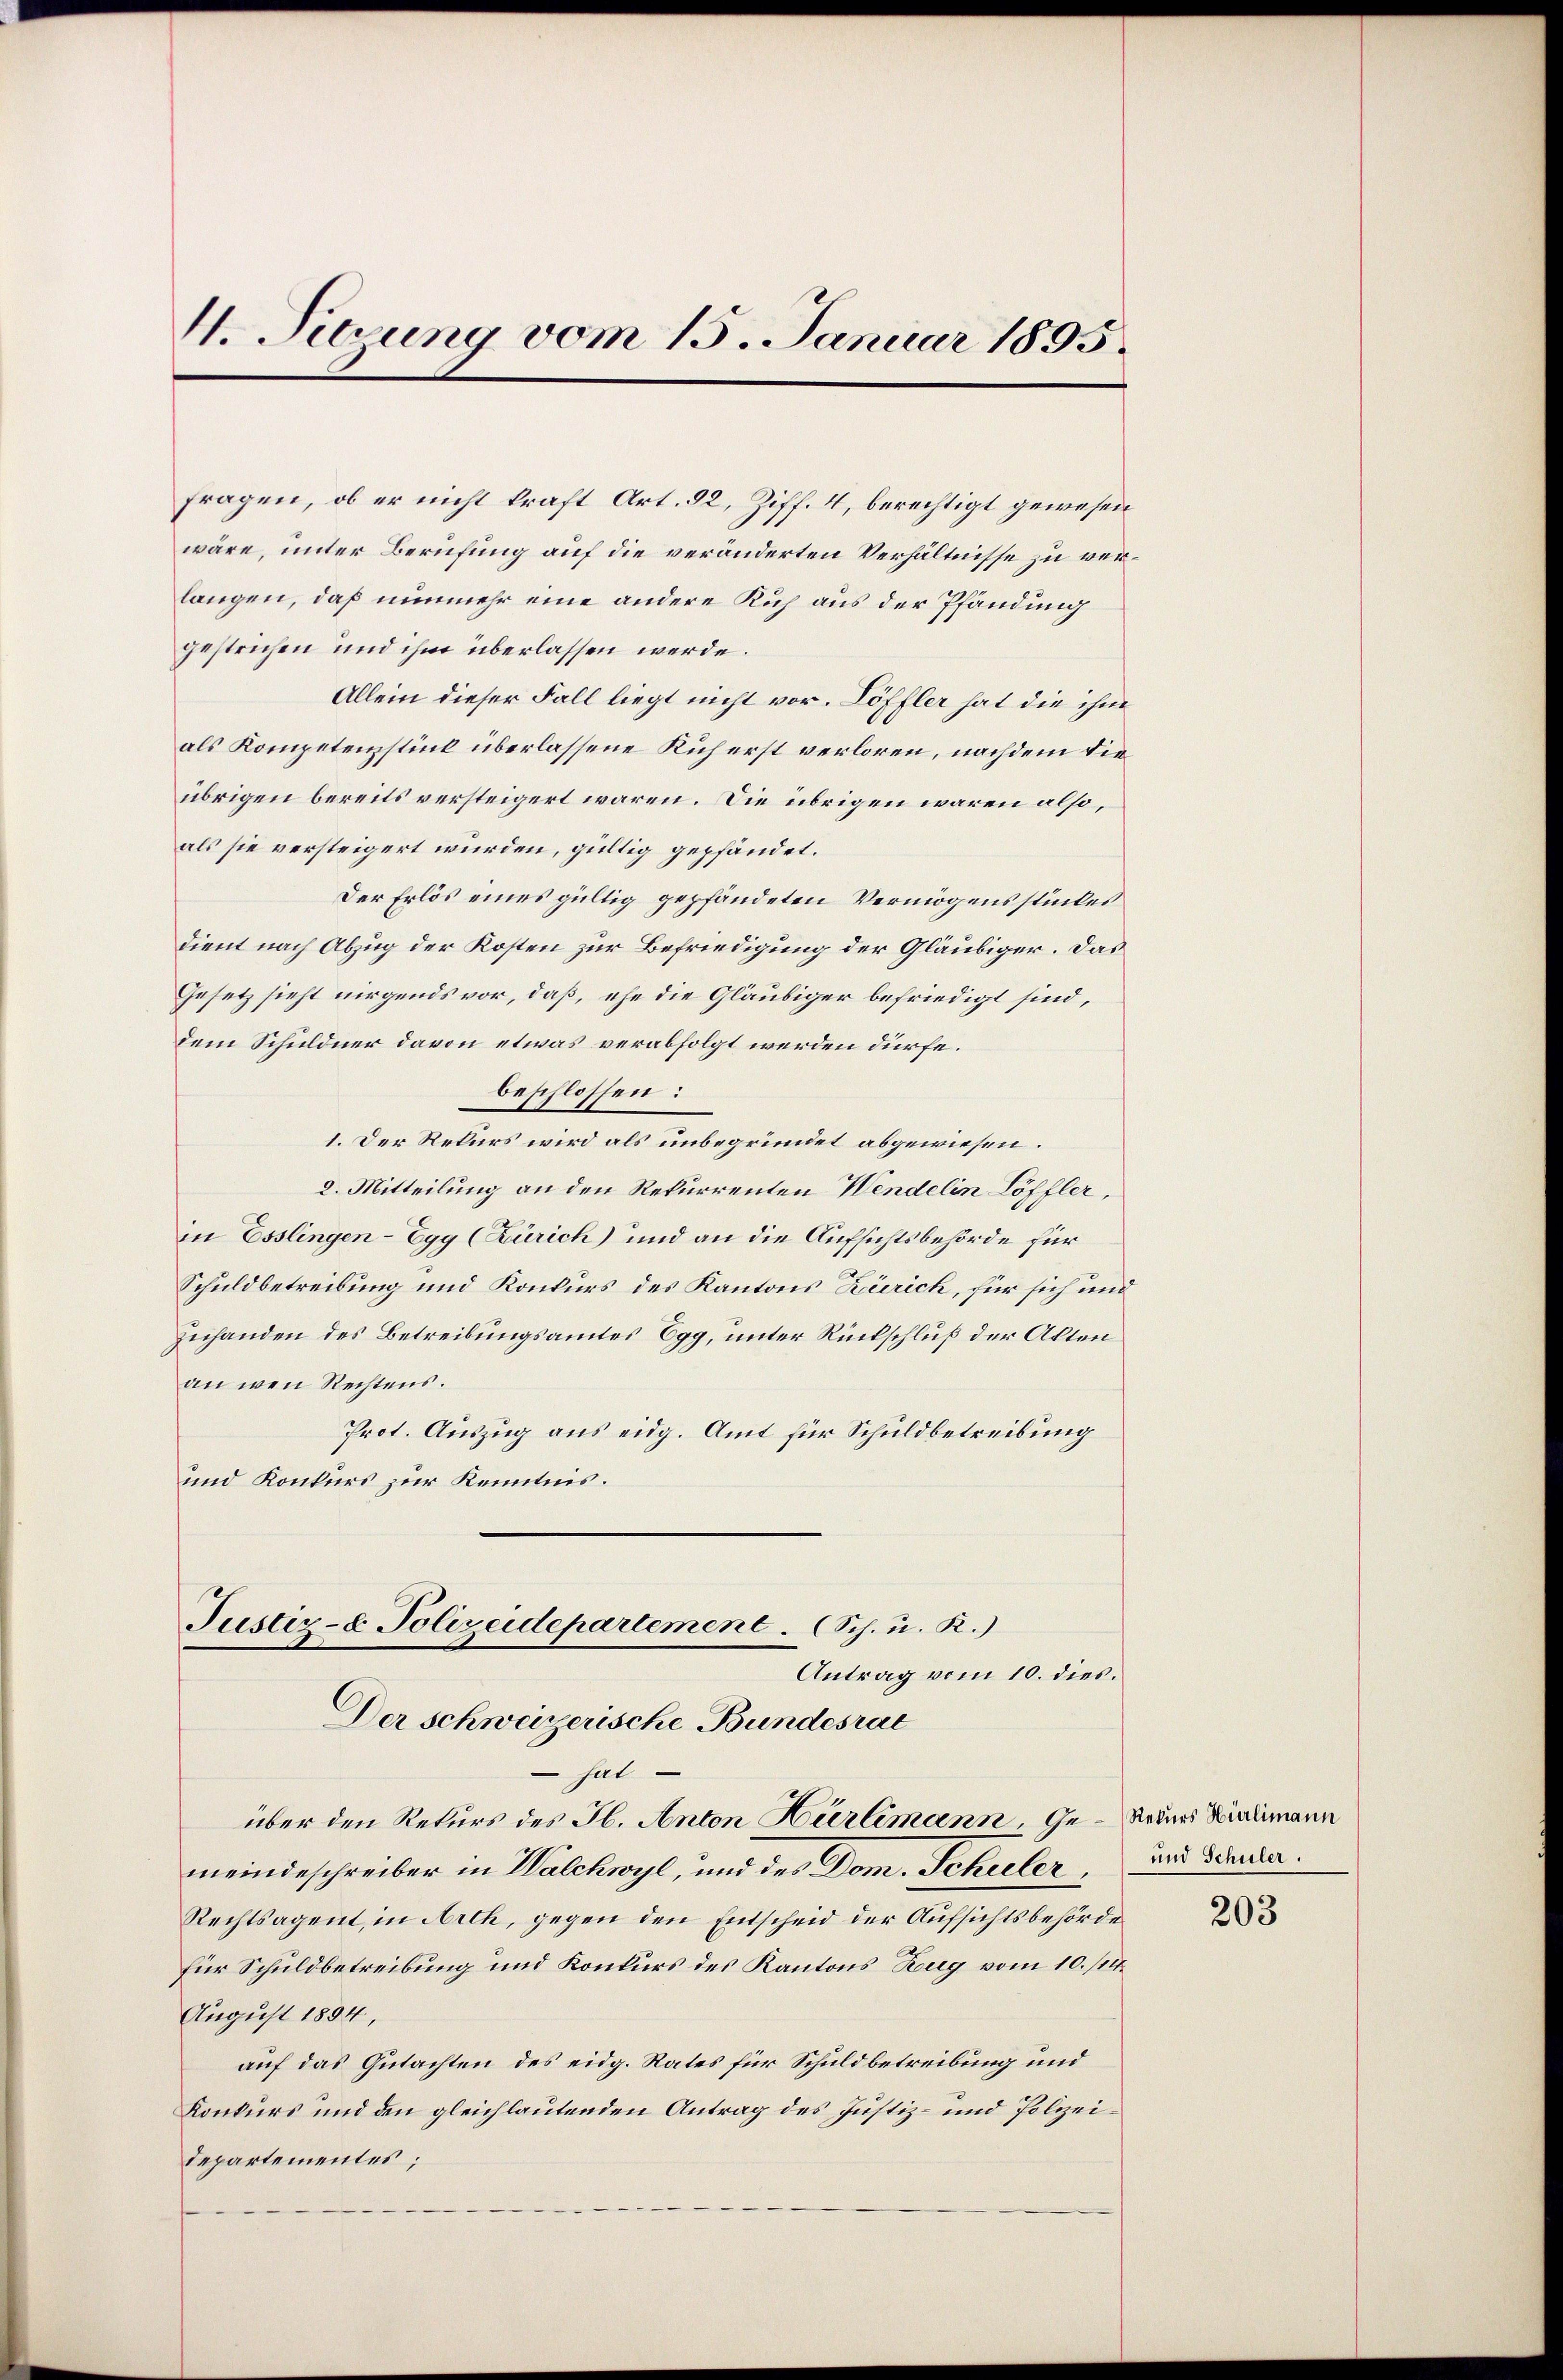
4. Sitzung vom 15. Januar 1895.

fragen, ob er nicht kraft Art. 92, Ziff. 4, berechtigt gewesen
wäre, unter Berufung auf die veränderten Verhältnisse zu verlangen, daß nunmehr eine andere Kuh aus der Pfändung
gestrichen und ihm überlassen werde.
Allein dieser Fall liegt nicht vor. Löffler hat die ihm
als Kompetenzstück überlassene Kuh erst verloren, nachdem dieübrigen bereits versteigert waren. Die übrigen waren also,
als sie versteigert würden, gültig gepfändet.
Der Erlös eines gültig gepfändeten Vermögensstückes
dient nach Abzug der Kosten zur Befriedigung der Gläubiger. Das
Gesetz sieht nirgends vor, daß, ehe die Gläubiger befriedigt sind,
dem Schuldner davon etwas verabfolgt werden dürfe.
beschlossen:
1. Der Rekurs wird als unbegründet abgewiesen.
2. Mitteilung an den Rekurrenten Wendelin Löffler,
in Esslingen-Egg (Zürich) und an die Aufsichtsbehörde für
Schuldbetreibung und Konkurs des Kantons Zürich, für sich und
Zuhanden des Betreibungsamtes Egg, unter Rückschluß der Akten
an wen Rechtens.
Prot. Auszug aus eidg. Amt für Schuldbetreibung
und Konkurs zur Kenntnis.
Justiz- & Polizeidepartement. (Sch. u. R.)
Antrag vom 10. dies.
Der schweizerische Bundesrat
 hat
über den Rekurs des H. Anton Hürlimann, Ge- Reders Windlimann
meindeschreiber in Walchwyl, und des Dom. Schuler
Rechtsagent, in Arth, gegen den Entscheid der Aufsichtsbehörde
für Schuldbetreibung und Konkurs des Kantons Zug vom 10. sei.
August 1894,
auf das Gutachten des eidg. Rates für Schuldbetreibung und
Konkurs und den gleichlautenden Antrag des Justiz- und Polizeidepartementes;

und Schüler.

203